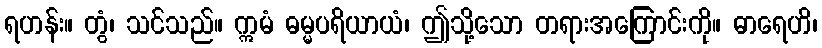
ရဟန်း။ တွံ၊ သင်သည်။ ဣမံ ဓမ္မပရိယာယံ၊ ဤသို့သော တရားအကြောင်းကို။ ဓာရေဟိ၊